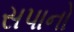
સપાનો